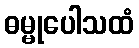
ဓမ္မုပေါသထံ